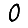
Digit: 0